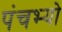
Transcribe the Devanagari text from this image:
पंचभ्यो